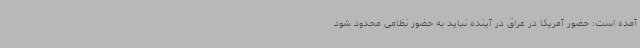
آمده است: حضور آمریکا در عراق در آینده نباید به حضور نظامی محدود شود